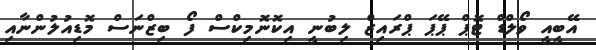
އޭބީއީ ވޯލްޑް ޓޮޕް ޕޭޕަ ޕްރައިޒް ލިބުނީ އިކޮނޮމިކްސް ފޯ ބިޒްނަސް މޮޑިއުލުންނާއި